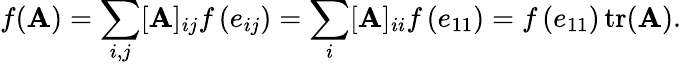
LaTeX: f(\mathbf{A})=\sum_{i,j}[\mathbf{A}]_{ij}f\left(e_{ij}\right)=\sum_{i}[\mathbf{A}]_{ii}f\left(e_{11}\right)=f\left(e_{11}\right)\operatorname{tr}(\mathbf{A}).